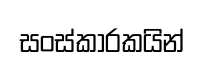
සංස්කාරකයින්